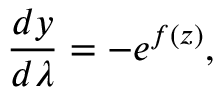
\frac { d y } { d \lambda } = - e ^ { f ( z ) } ,